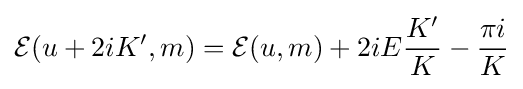
{\mathcal {E}}(u+2iK',m)={\mathcal {E}}(u,m)+2iE{\frac {K'}{K}}-{\frac {\pi i}{K}}